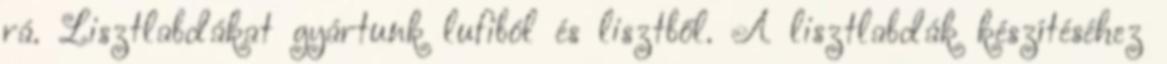
rá. Lisztlabdákat gyártunk lufiból és lisztből. A lisztlabdák készítéséhez